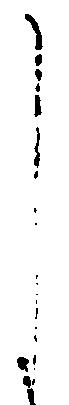
し